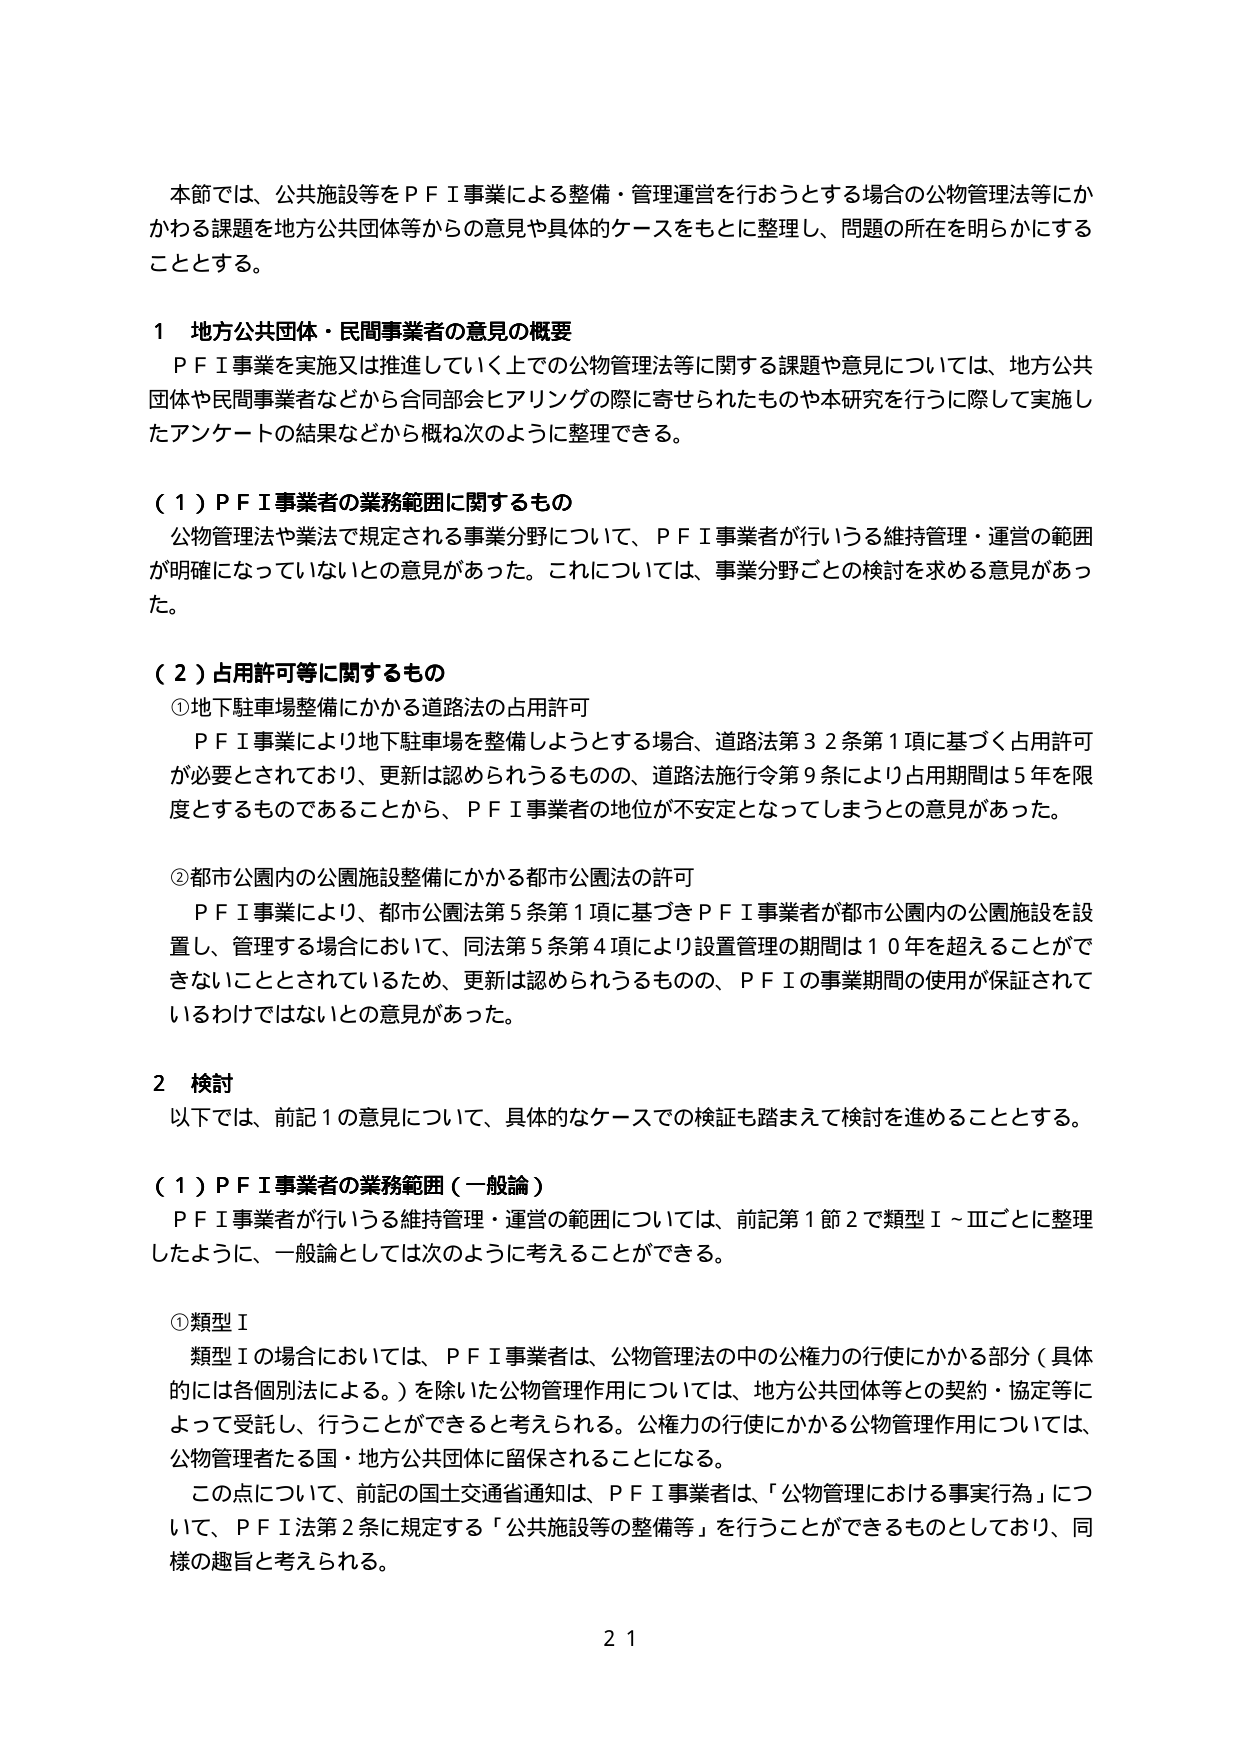
本節では、公共施設等をＰＦＩ事業による整備・管理運営を行おうとする場合の公物管理法等にかかわる課題を地方公共団体等からの意見や具体的ケースをもとに整理し、問題の所在を明らかにすることとする。

１ 地方公共団体・民間事業者の意見の概要
ＰＦＩ事業を実施又は推進していく上での公物管理法等に関する課題や意見については、地方公共団体や民間事業者などから合同部会ヒアリングの際に寄せられたものや本研究を行うに際して実施したアンケートの結果などから概ね次のように整理できる。

（１）ＰＦＩ事業者の業務範囲に関するもの
公物管理法や業法で規定される事業分野について、ＰＦＩ事業者が行いうる維持管理・運営の範囲が明確になっていないとの意見があった。これについては、事業分野ごとの検討を求める意見があった。

（２）占用許可等に関するもの
①地下駐車場整備にかかる道路法の占用許可
ＰＦＩ事業により地下駐車場を整備しようとする場合、道路法第３２条第１項に基づく占用許可が必要とされており、更新は認められるものの、道路法施行令第９条により占用期間は５年を限度とするものであることから、ＰＦＩ事業者の地位が不安定となってしまうとの意見があった。

②都市公園内の公園施設整備にかかる都市公園法の許可
ＰＦＩ事業により、都市公園法第５条第１項に基づきＰＦＩ事業者が都市公園内の公園施設を設置し、管理する場合において、同法第５条第４項により設置管理の期間は１０年を超えることができないこととされているため、更新は認められるものの、ＰＦＩの事業期間の使用が保証されているわけではないとの意見があった。

２ 検討
以下では、前記１の意見について、具体的なケースでの検証も踏まえて検討を進めることとする。

（１）ＰＦＩ事業者の業務範囲（一般論）
ＰＦＩ事業者が行いうる維持管理・運営の範囲については、前記第１節２で類型Ⅰ～Ⅲごとに整理したように、一般論としては次のように考えることができる。

①類型Ⅰ
類型Ⅰの場合においては、ＰＦＩ事業者は、公物管理法の中の公権力の行使にかかる部分（具体的には各個別法による。）を除いた公物管理作用については、地方公共団体等との契約・協定等によって受託し、行うことができると考えられる。公権力の行使にかかる公物管理作用については、公物管理者たる国・地方公共団体に留保されることになる。
この点について、前記の国土交通省通知は、ＰＦＩ事業者は、「公物管理における事実行為」について、ＰＦＩ法第２条に規定する「公共施設等の整備等」を行うことができるものとしており、同様の趣旨と考えられる。

２１